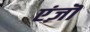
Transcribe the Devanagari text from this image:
एंज़ॊ